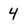
Character: 4